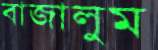
বাজালুম